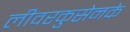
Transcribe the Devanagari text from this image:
लीवरकुसेनके